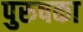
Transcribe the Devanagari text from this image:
पुरुषका